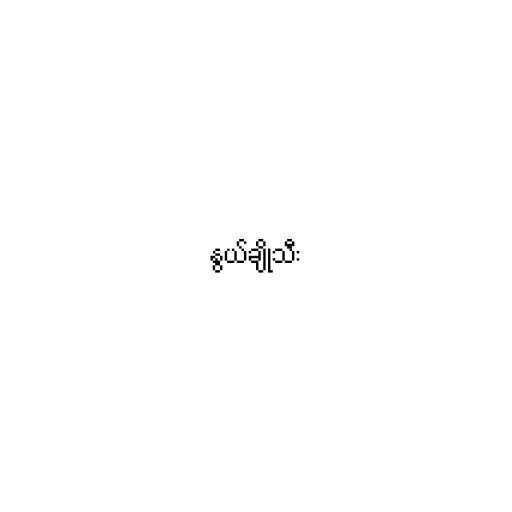
နွယ်ချိုသီး